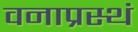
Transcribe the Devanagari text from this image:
वनाप्रस्थं